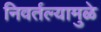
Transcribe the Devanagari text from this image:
निवर्तल्यामुळे